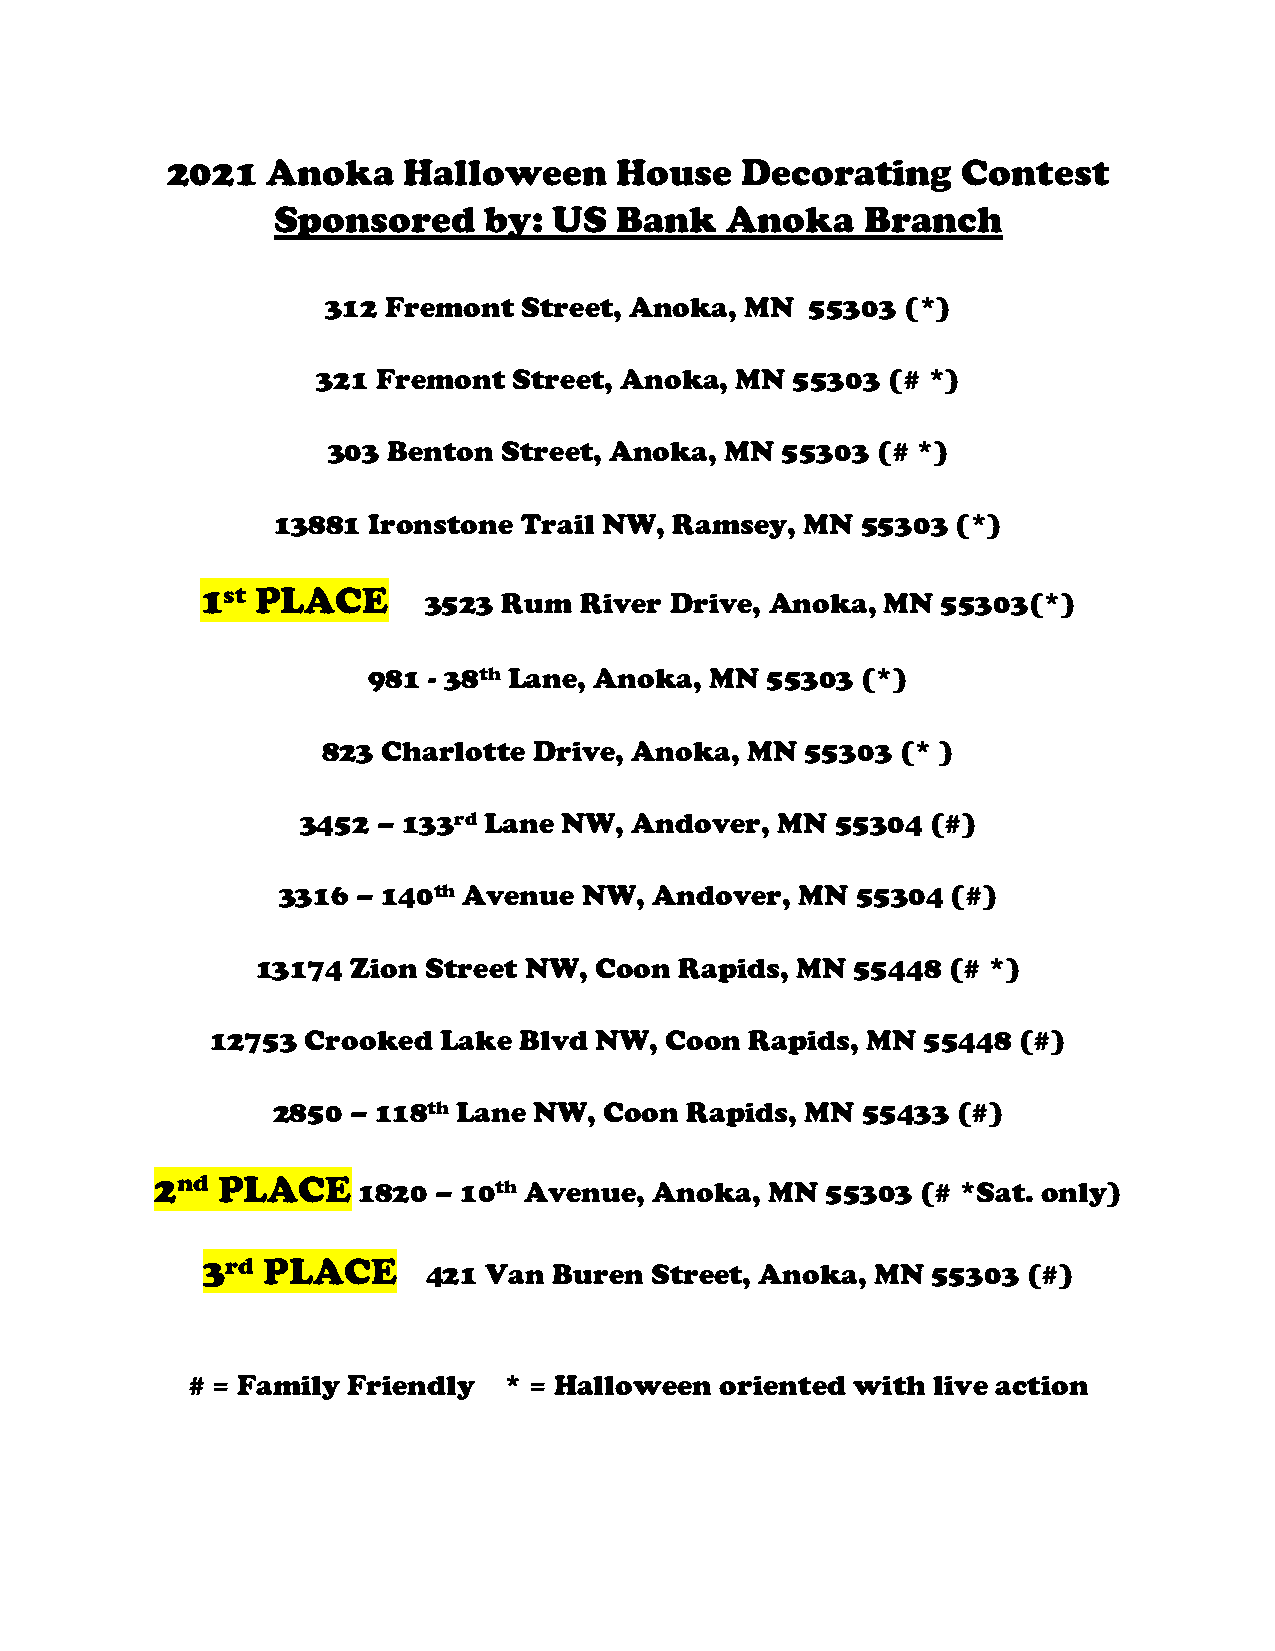
2021   Anoka    Halloween     House   Decorating     Contest
 Sponsored     by:  US  Bank   Anoka    Branch
 312 Fremont  Street, Anoka, MN  55303 (*)
 321 Fremont  Street, Anoka, MN  55303 (# *)
 303 Benton Street, Anoka, MN  55303 (# *)
 13881 Ironstone Trail NW,  Ramsey, MN  55303 (*)
 1st PLACE
 3523 Rum  River Drive, Anoka,  MN 55303(*)
 981 - 38th Lane, Anoka, MN 55303 (*)
 823 Charlotte Drive, Anoka, MN  55303  (* )
 3452 – 133rd Lane NW, Andover, MN  55304  (#)
 3316  – 140th Avenue NW, Andover,  MN  55304 (#)
 13174 Zion Street NW, Coon  Rapids, MN  55448 (# *)
 12753 Crooked  Lake Blvd NW,  Coon  Rapids, MN 55448 (#)
 2850 – 118th Lane NW, Coon Rapids, MN  55433 (#)
 2nd PLACE     1820 – 10th Avenue, Anoka, MN  55303 (# *Sat. only)
 3rd PLACE
 421 Van  Buren Street, Anoka, MN  55303 (#)
 # = Family Friendly  * = Halloween  oriented with live action